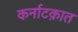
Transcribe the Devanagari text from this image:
कर्नाटक़ात